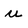
Character: u